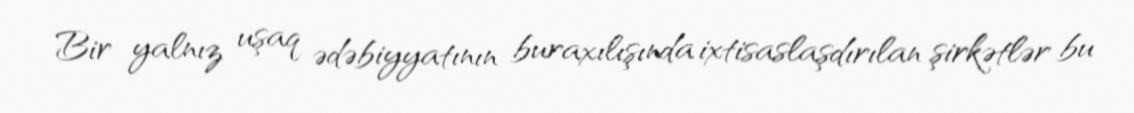
Bir yalnız uşaq ədəbiyyatının buraxılışında ixtisaslaşdırılan şirkətlər bu